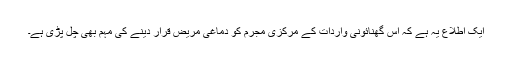
ایک اطلاع یہ ہے کہ اس گھنائونی واردات کے مرکزی مجرم کو دماغی مریض قرار دینے کی مہم بھی چل پڑی ہے۔